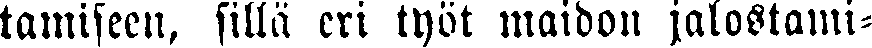
tamiseen, sillä eri työt maidon jalostami-